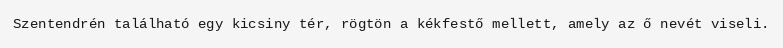
Szentendrén található egy kicsiny tér, rögtön a kékfestő mellett, amely az ő nevét viseli.